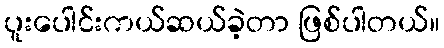
ပူးပေါင်းကယ်ဆယ်ခဲ့တာ ဖြစ်ပါတယ်။